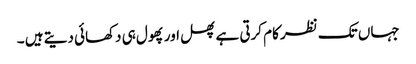
جہاں تک نظر کام کرتی ہے پھل اور پھول ہی دکھائی دیتے ہیں ۔